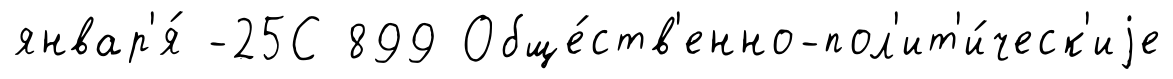
январ'я́ -25С 899 Обще́ств'енно-пол'ит'и́ческ'иjе